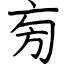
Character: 㫄